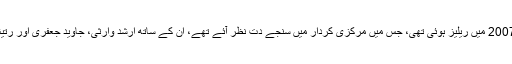
اس سیریز کی پہلی فلم ’دھمال‘ 2007 میں ریلیز ہوئی تھی، جس میں مرکزی کردار میں سنجے دت نظر آئے تھے، ان کے ساتھ ارشد وارثی، جاوید جعفری اور رتیش دیش مکھ بھی جلوہ گر ہوئے۔